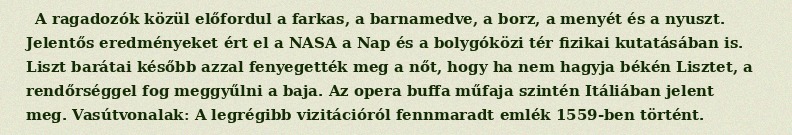
A ragadozók közül előfordul a farkas, a barnamedve, a borz, a menyét és a nyuszt. Jelentős eredményeket ért el a NASA a Nap és a bolygóközi tér fizikai kutatásában is. Liszt barátai később azzal fenyegették meg a nőt, hogy ha nem hagyja békén Lisztet, a rendőrséggel fog meggyűlni a baja. Az opera buffa műfaja szintén Itáliában jelent meg. Vasútvonalak: A legrégibb vizitációról fennmaradt emlék 1559-ben történt.